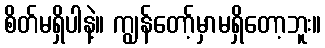
စိတ်မရှိပါနဲ့။ ကျွန်တော့်မှာမရှိတော့ဘူး။